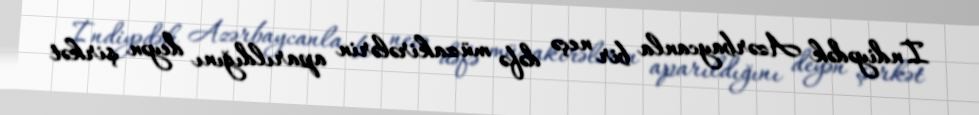
İndiyədək Azərbaycanla bir neçə dəfə müzakirələrin aparıldığını deyən şirkət